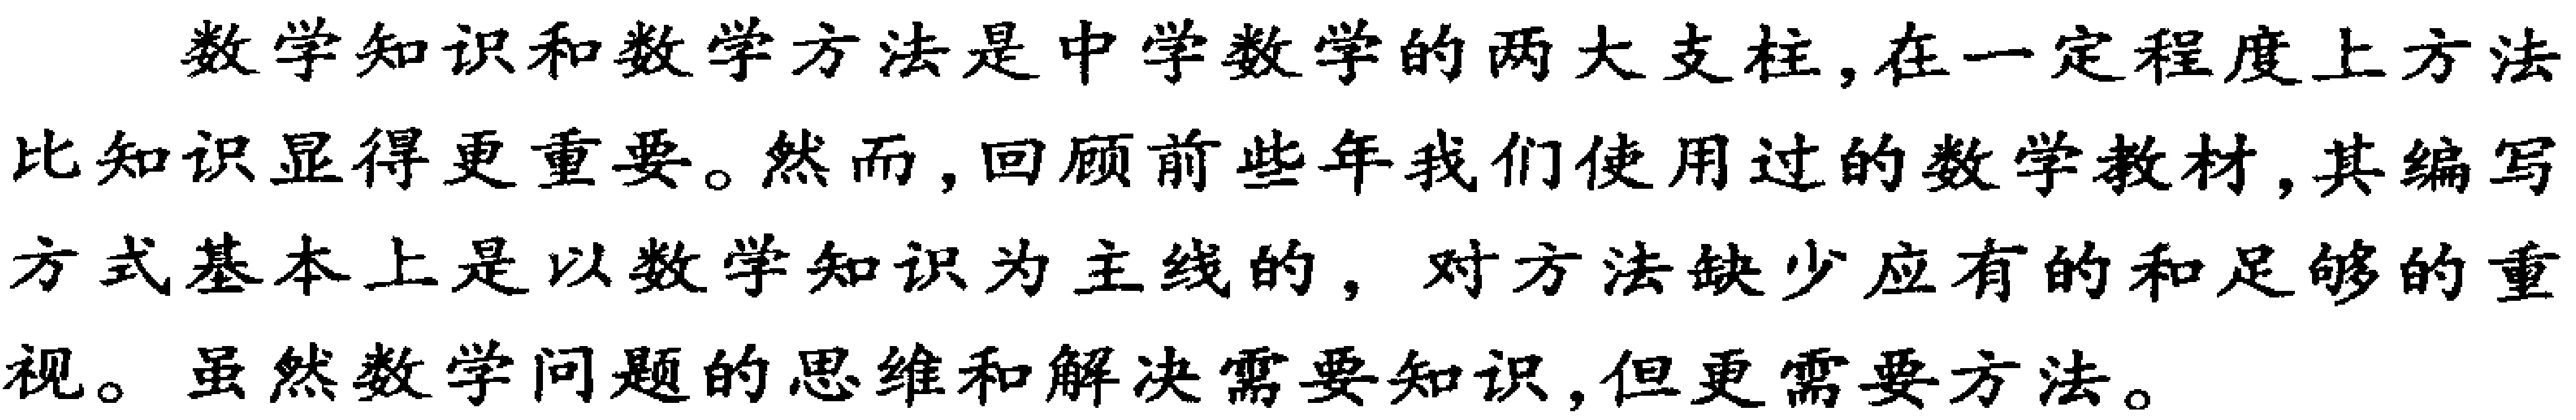
数学知识和数学方法是中学数学的两大支柱,在一定程度上方法比知识显得更重要。然而,回顾前些年我们使用过的数学教材,其编写方式基本上是以数学知识为主线的, 对方法缺少应有的和足够的重视。虽然数学问题的思维和解决需要知识,但更需要方法。